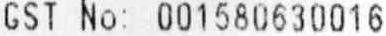
GST NO: 001580630016